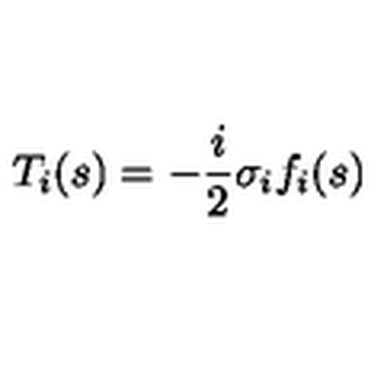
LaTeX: T _ { i } ( s ) = - \frac { i } { 2 } \sigma _ { i } f _ { i } ( s )